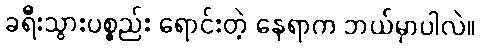
ခရီးသွားပစ္စည်း ရောင်းတဲ့ နေရာက ဘယ်မှာပါလဲ။